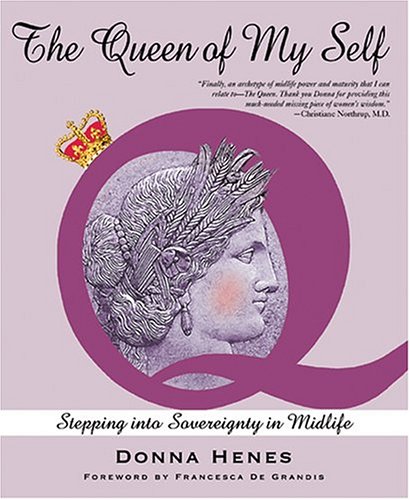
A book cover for The Queen of My Self: Stepping Into Sovereignty in Midlife; Donna Henes; Self-Help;